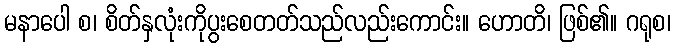
မနာပေါ စ၊ စိတ်နှလုံးကိုပွးစေတတ်သည်လည်းကောင်း။ ဟောတိ၊ ဖြစ်၏။ ဂရုစ၊